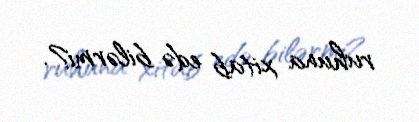
ruhuna xitab edə bilərmi?.